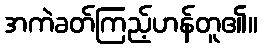
အကဲခတ်ကြည့်ဟန်တူ၏။